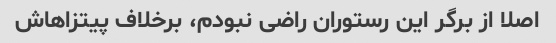
اصلا از برگر این رستوران راضی نبودم، برخلاف پیتزاهاش